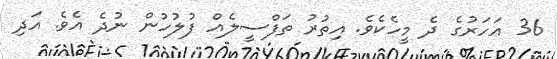
36 އަހަރުގެ ދެ މީހެކެވެ. އިތުރު ތަފްސީލެއް ފުލުހުން ނުދެ އެވެ. އަދި